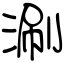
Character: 涮